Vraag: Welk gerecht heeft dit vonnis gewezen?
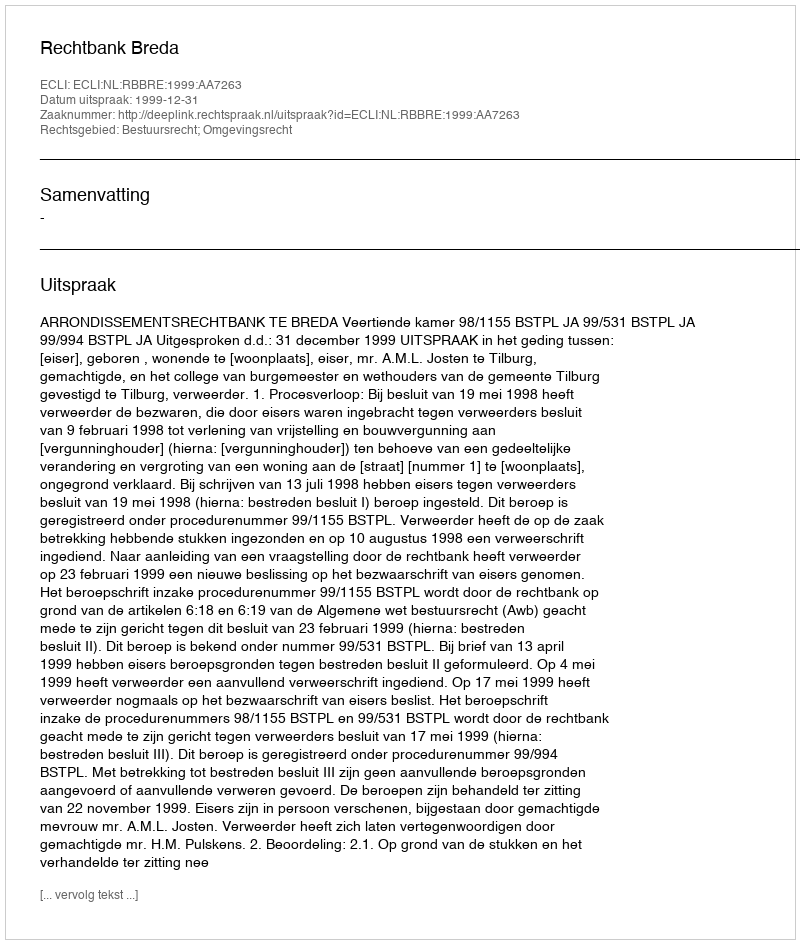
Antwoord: Rechtbank Breda